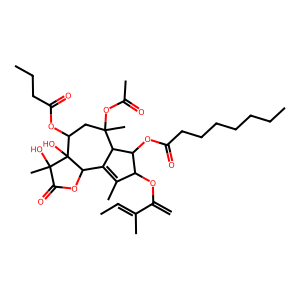
SMILES: C=C(OC1C(C)=C2C(C1OC(=O)CCCCCCC)C(C)(OC(C)=O)CC(OC(=O)CCC)C1(O)C2OC(=O)C1(C)O)C(C)=CC
Inhibits HIV replication: No